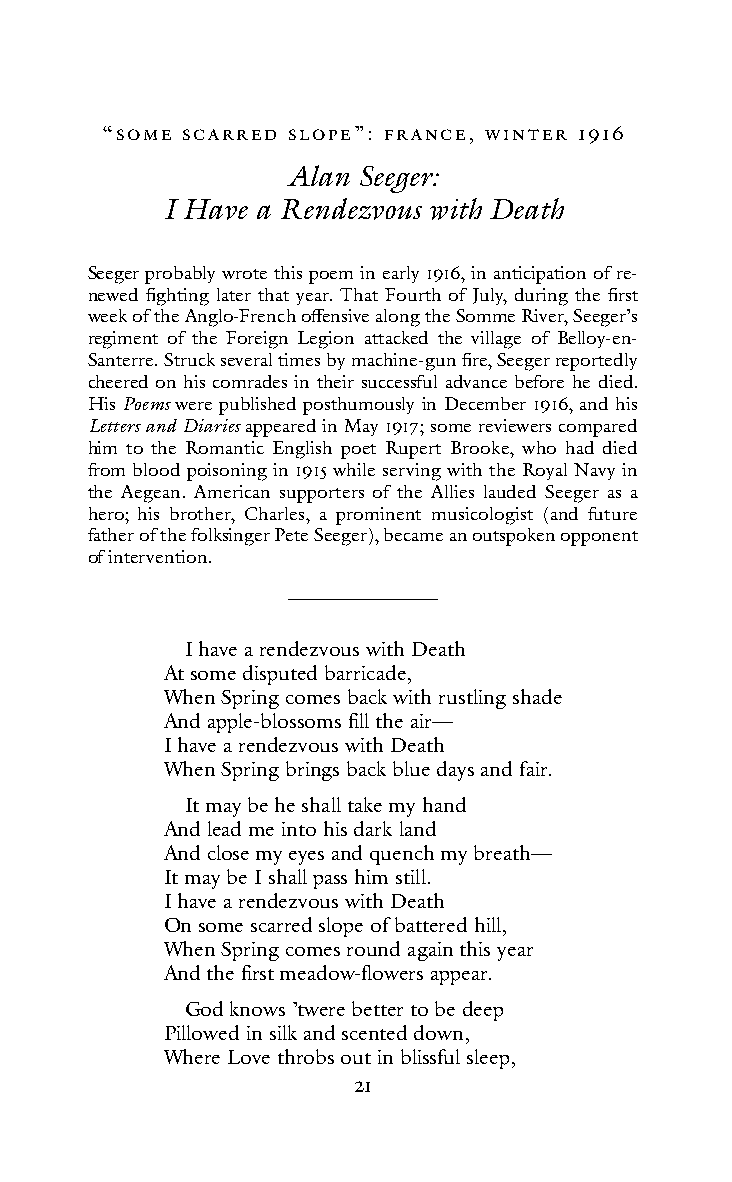
“soMe sc ARRed sL oPe”: f RAnce, WInteR 1916
 Alan Seeger:
 I Have a Rendezvous with Death
 Seeger probably wrote this poem in early 1916, in anticipation of re-
 newed fighting later that year. That Fourth of July, during the first
 week of the Anglo-French offensive along the Somme River, Seeger’s
 regiment of the Foreign Legion attacked the village of Belloy-en-
 Santerre. Struck several times by machine-gun fire, Seeger reportedly
 cheered on his comrades in their successful advance before he died.
 His Poems were published posthumously in December 1916, and his
 Letters and Diaries appeared in May 1917; some reviewers compared
 him to the Romantic English poet Rupert Brooke, who had died
 from blood poisoning in 1915 while serving with the Royal Navy in
 the Aegean. American supporters of the Allies lauded Seeger as a
 hero; his brother, Charles, a prominent musicologist (and future
 father of the folksinger Pete Seeger), became an outspoken opponent
 of intervention.
 I have a rendezvous with Death
 At some disputed barricade,
 When Spring comes back with rustling shade
 And apple-blossoms fill the air—
 I have a rendezvous with Death
 When Spring brings back blue days and fair.
 It may be he shall take my hand
 And lead me into his dark land
 And close my eyes and quench my breath—
 It may be I shall pass him still.
 I have a rendezvous with Death
 On some scarred slope of battered hill,
 When Spring comes round again this year
 And the first meadow-flowers appear.
 God knows ’twere better to be deep
 Pillowed in silk and scented down,
 Where Love throbs out in blissful sleep,
 21